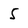
Character: 5